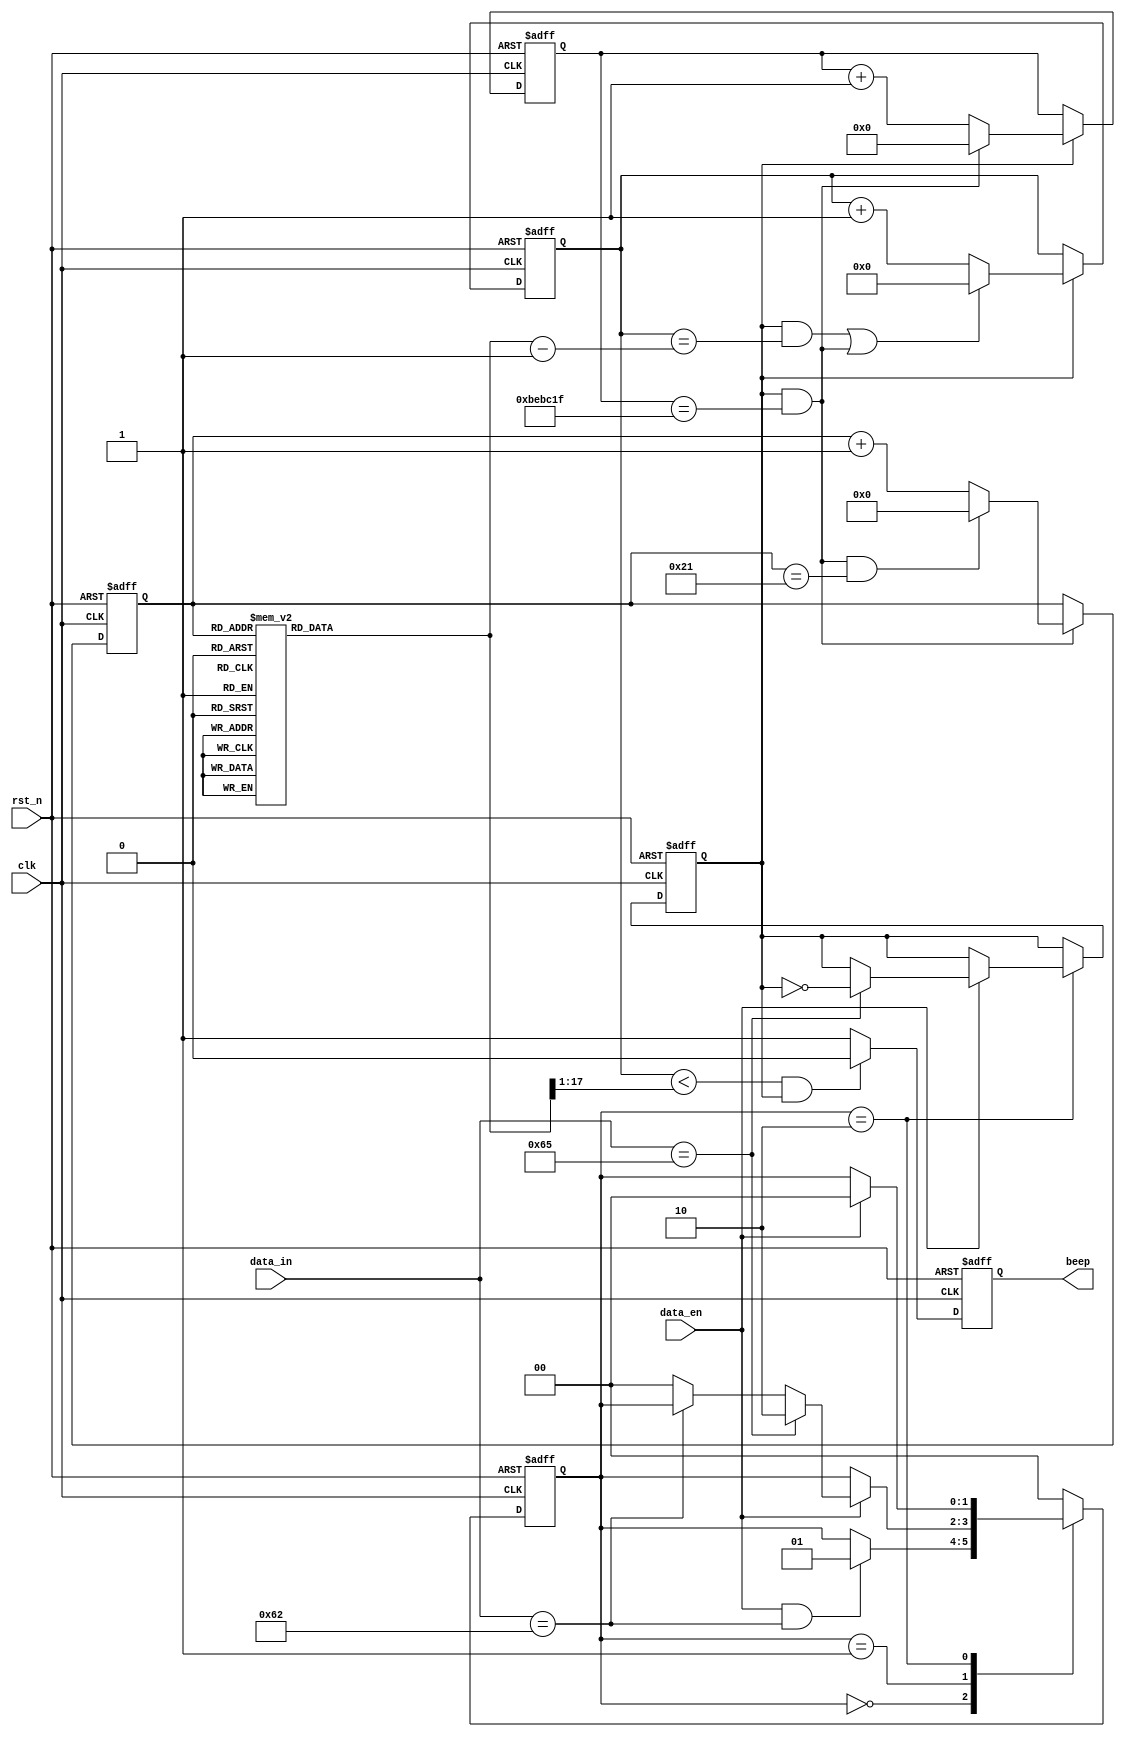
module beep_control(
    input       wire        clk     ,
    input       wire        rst_n   ,
    input                   data_en ,
    input   [7:0]           data_in ,
    output      reg         beep   
);


parameter   CYCLE = 26'd50_000_000  ;
parameter   TIME  = 24'd12_500_000  ;
parameter   NUM   = 6'd34           ;
parameter   DOL   = CYCLE/262       ,
            REL   = CYCLE/294       ,
            MIL   = CYCLE/330       ,
            FAL   = CYCLE/349       ,
            SOL   = CYCLE/392       ,
            LAL   = CYCLE/440       ,
            XIL   = CYCLE/494       ,
            DOM   = CYCLE/523       ,
            REM   = CYCLE/587       ,
            MIM   = CYCLE/659       ,
            FAM   = CYCLE/698       ,
            SOM   = CYCLE/784       ,
            LAM   = CYCLE/880       ,
            XIM   = CYCLE/988       ,
            DOH   = CYCLE/1047      ,
            REH   = CYCLE/1175      ,
            MIH   = CYCLE/1319      ,
            FAH   = CYCLE/1397      ,
            SOH   = CYCLE/1568      ,
            LAH   = CYCLE/1760      ,
            XIH   = CYCLE/1967      ;



reg    [5:0]        cnt_num     ;//
wire                add_cnt_num ;
wire                end_cnt_num ;

reg    [23:0]       cnt_250     ;//
wire                add_cnt_250 ;
wire                end_cnt_250 ;

reg     [17:0]      cnt_frq     ;//
wire                add_cnt_frq ;
wire                end_cnt_frq ;


reg     [17:0]      frq         ;//
wire    [16:0]      duty        ;//50%PWM

reg [1:0] state;
reg beep_en;

always@(posedge clk or negedge rst_n)begin
    if(!rst_n)begin   
        state <= 2'b00;
        beep_en <= 0;
    end
    else begin
        case(state)
            2'b00:
                if(data_en && data_in == 8'b01100010)begin //ASCII:b
                    state <= 2'b01;        
                end
            2'b01:
                if(data_en)begin
                    if(data_in == 8'b01100101)begin
                        state <= 2'b10;    
                    end
                    else if(data_in == 8'b01100010)
                        state <= state;
                    else
                        state <= 0;
                end
            2'b10:begin               
                if(data_en)begin
                    if(data_in == 8'b01100101)begin
                        state <= 2'b00;
                        beep_en <= !beep_en;
                    end
                    else
                        state <= 2'b00;
                end
            end
            default:state <= 2'b00;
            endcase
    end
end

//250ms
always @(posedge clk or negedge rst_n) begin
    if(!rst_n)begin
        cnt_250 <= 1'b0;
    end
    else if(add_cnt_250)begin
        if(end_cnt_250)begin
            cnt_250 <= 1'b0;
        end
        else begin
            cnt_250 <= cnt_250 + 1'b1;
        end
    end
    else begin
        cnt_250 <= cnt_250;
    end
end

assign add_cnt_250 = beep_en;
assign end_cnt_250 = add_cnt_250 && cnt_250 == TIME - 1'b1;

//
always @(posedge clk or negedge rst_n) begin
    if(!rst_n)begin
        cnt_num <= 1'b0;
    end
    else if(add_cnt_num)begin
        if(end_cnt_num)begin
            cnt_num <= 1'b0;
        end
        else begin
            cnt_num <= cnt_num + 1'b1;
        end
    end
    else begin
        cnt_num <= cnt_num;
    end
end

assign add_cnt_num = end_cnt_250;
assign end_cnt_num = add_cnt_num && cnt_num == NUM - 1'b1;


//
always @(posedge clk or negedge rst_n) begin
    if(!rst_n)begin
        cnt_frq <= 1'b0;
    end
    else if(add_cnt_frq)begin
        if(end_cnt_frq || end_cnt_250)begin
            cnt_frq <= 1'b0;
        end
        else begin
            cnt_frq <= cnt_frq + 1'b1;
        end
    end
    else begin
        cnt_frq <= cnt_frq;
    end
end

assign add_cnt_frq = beep_en;
assign end_cnt_frq = add_cnt_frq && cnt_frq == frq - 1'b1;

//
always@(*)begin
    case(cnt_num)
    6'd0     :   frq = DOM;
    6'd1     :   frq = REM;
    6'd2     :   frq = MIM;
    6'd3     :   frq = DOM;
    6'd4     :   frq = DOM;
    6'd5     :   frq = REM;
    6'd6     :   frq = MIM;
    6'd7     :   frq = DOM;
    6'd8     :   frq = MIM;
    6'd9     :   frq = FAM;
    6'd10    :   frq = SOM;
    6'd11    :   frq = MIM;
    6'd12    :   frq = FAM;
    6'd13    :   frq = SOM;
    6'd14    :   frq = SOM;
    6'd15    :   frq = LAM;
    6'd16    :   frq = SOM;
    6'd17    :   frq = FAM;
    6'd18    :   frq = MIM;
    6'd19    :   frq = DOM;
    6'd20    :   frq = SOM;
    6'd21    :   frq = LAM;
    6'd22    :   frq = SOM;
    6'd23    :   frq = FAM;
    6'd24    :   frq = MIM;
    6'd25    :   frq = DOM;
    6'd26    :   frq = REM;
    6'd27    :   frq = SOL;
    6'd28    :   frq = DOM;
    6'd29    :   frq = 0  ;
    6'd30    :   frq = REM;
    6'd31    :   frq = SOL;
    6'd32    :   frq = DOM;
    6'd33    :   frq = 0  ;
    default  :   frq = 0  ;
    endcase
end

//beep
always@(posedge clk or negedge rst_n)begin
    if(!rst_n)begin
        beep <= 1'b1;
    end
    else if(cnt_frq < duty && beep_en)begin
        beep <= 1'b0;
    end
    else begin
        beep <= 1'b1;
    end
end

//50%PWM
assign duty = frq >> 1;

endmodule